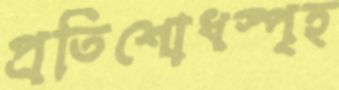
প্রতিশোধস্পৃহ